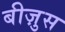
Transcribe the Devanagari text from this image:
बीज़ुस